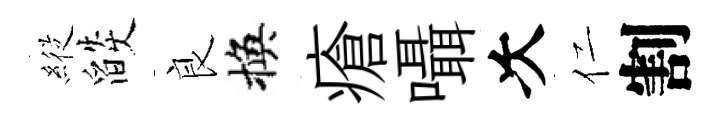
𦂵燄良換瘡囁次仁割